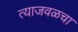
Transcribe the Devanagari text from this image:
त्याजवळचा